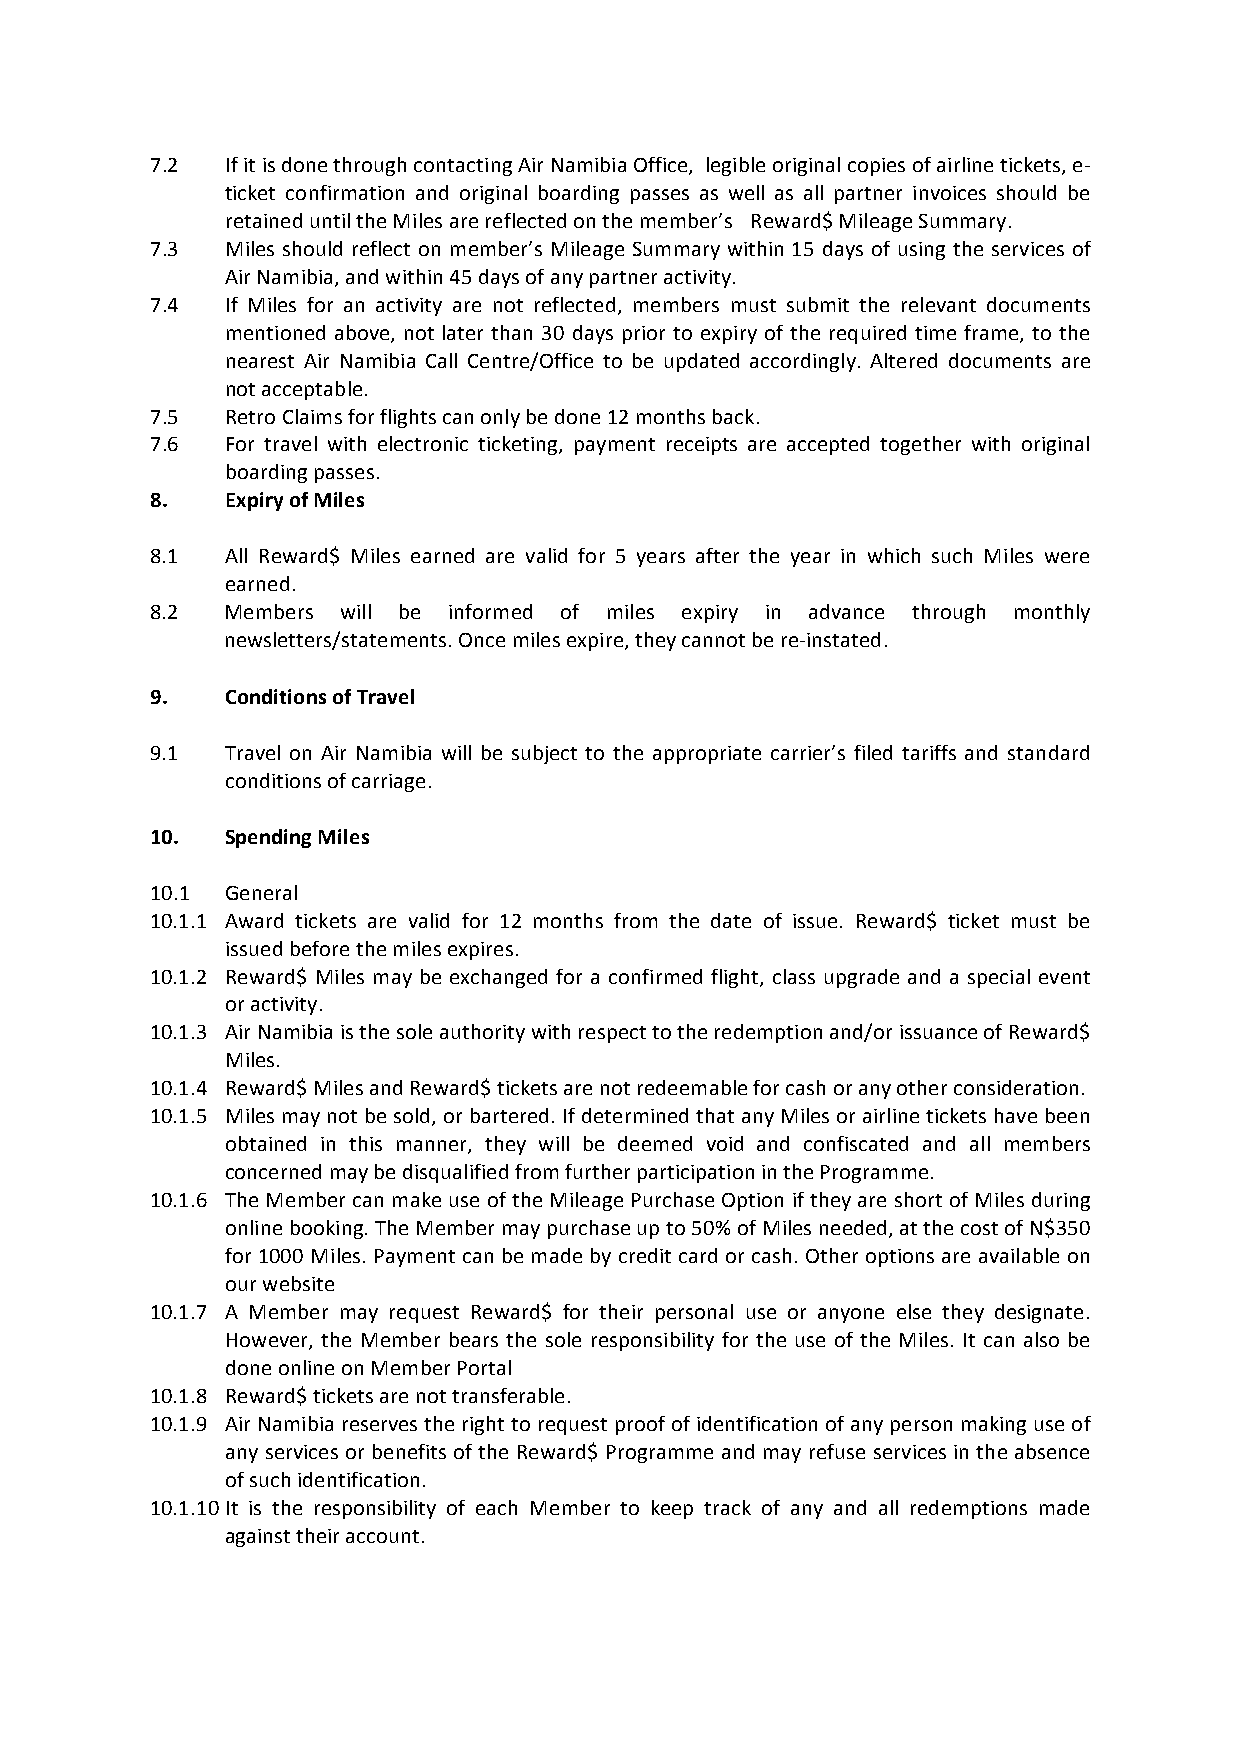
7.2  If it is done through contacting Air Namibia Office, legible original copies of airline tickets, e-
 ticket confirmation and original boarding passes as well as all partner invoices should be
 retained until the Miles are reflected on the member’s Reward$ Mileage Summary.
 7.3  Miles should reflect on member’s Mileage Summary within 15 days of using the services of
 Air Namibia, and within 45 days of any partner activity.
 7.4  If Miles for an activity are not reflected, members must submit the relevant documents
 mentioned above, not later than 30 days prior to expiry of the required time frame, to the
 nearest Air Namibia Call Centre/Office to be updated accordingly. Altered documents are
 not acceptable.
 7.5  Retro Claims for flights can only be done 12 months back.
 7.6  For travel with electronic ticketing, payment receipts are accepted together with original
 boarding passes.
 8.   Expiry of Miles
 8.1  All Reward$ Miles earned are valid for 5 years after the year in which such Miles were
 earned.
 8.2  Members will be informed of miles expiry in advance through monthly
 newsletters/statements. Once miles expire, they cannot be re-instated.
 9.   Conditions of Travel
 9.1  Travel on Air Namibia will be subject to the appropriate carrier’s filed tariffs and standard
 conditions of carriage.
 10.  Spending Miles
 10.1 General
 10.1.1 Award tickets are valid for 12 months from the date of issue. Reward$ ticket must be
 issued before the miles expires.
 10.1.2 Reward$ Miles may be exchanged for a confirmed flight, class upgrade and a special event
 or activity.
 10.1.3 Air Namibia is the sole authority with respect to the redemption and/or issuance of Reward$
 Miles.
 10.1.4 Reward$ Miles and Reward$ tickets are not redeemable for cash or any other consideration.
 10.1.5 Miles may not be sold, or bartered. If determined that any Miles or airline tickets have been
 obtained in this manner, they will be deemed void and confiscated and all members
 concerned may be disqualified from further participation in the Programme.
 10.1.6 The Member can make use of the Mileage Purchase Option if they are short of Miles during
 online booking. The Member may purchase up to 50% of Miles needed, at the cost of N$350
 for 1000 Miles. Payment can be made by credit card or cash. Other options are available on
 our website
 10.1.7 A Member may request Reward$ for their personal use or anyone else they designate.
 However, the Member bears the sole responsibility for the use of the Miles. It can also be
 done online on Member Portal
 10.1.8 Reward$ tickets are not transferable.
 10.1.9 Air Namibia reserves the right to request proof of identification of any person making use of
 any services or benefits of the Reward$ Programme and may refuse services in the absence
 of such identification.
 10.1.10 It is the responsibility of each Member to keep track of any and all redemptions made
 against their account.